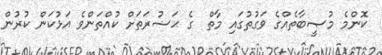
ކޮންމެ މުޞީބާތެއްގެ ވަގުތުގައި މާތް  ގެ ޙަޟުރަތަށް ކުއްތަންވެ އަޅުކަން ކުރުން